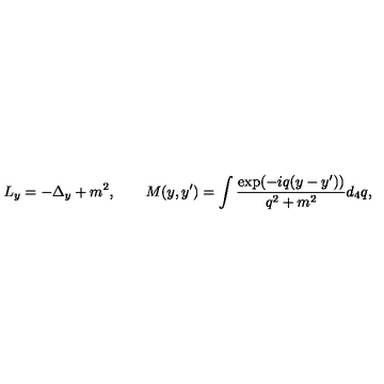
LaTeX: L _ { y } = - \Delta _ { y } + m ^ { 2 } , \qquad M ( y , y ^ { \prime } ) = \int \frac { \exp ( - i q ( y - y ^ { \prime } ) ) } { q ^ { 2 } + m ^ { 2 } } d _ { 4 } q ,